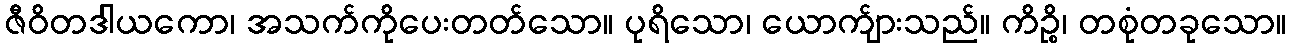
ဇီဝိတဒါယကော၊ အသက်ကိုပေးတတ်သော။ ပုရိသော၊ ယောက်ျားသည်။ ကိဉ္စိ၊ တစုံတခုသော။